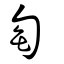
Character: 匋